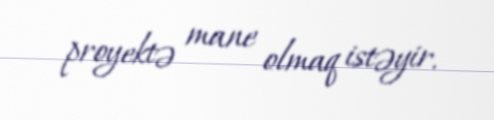
proyektə mane olmaq istəyir.